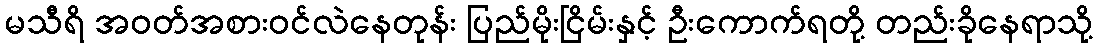
မသီရိ အဝတ်အစားဝင်လဲနေတုန်း ပြည်မိုးငြိမ်းနှင့် ဦးကောက်ရတို့ တည်းခိုနေရာသို့